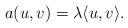
LaTeX: \begin{align*}a(u,v) = \lambda \langle u, v \rangle.\end{align*}